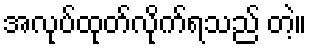
အလုပ်ထုတ်လိုက်ရသည် တဲ့။